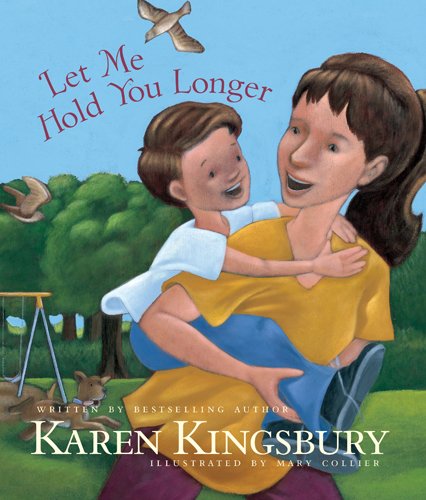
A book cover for Let Me Hold You Longer; Karen Kingsbury; Christian Books & Bibles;